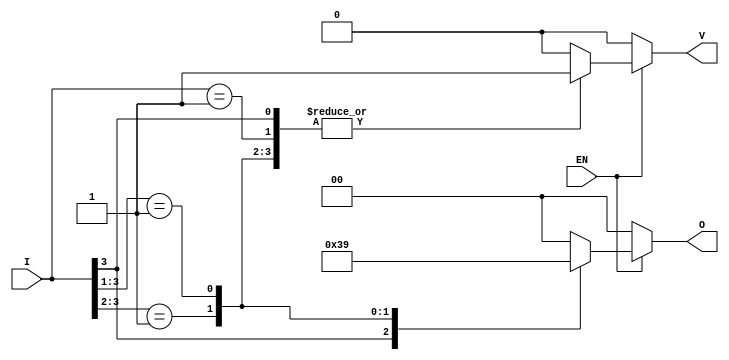
module priority_encoder (
    input wire [3:0] I,    // 4 input lines (I0, I1, I2, I3)
    input wire EN,         // Enable signal
    output reg [1:0] O,    // 2-bit output for the encoded value
    output reg V           // Valid output signal
);

    always @(*) begin
        if (!EN) begin
            O = 2'b00;       // Default output when enable is low
            V = 1'b0;        // Valid output is low when enable is low
        end else begin
            casez (I)
                4'b1??? : begin O = 2'b11; V = 1'b1; end // I3 is highest
                4'b01?? : begin O = 2'b10; V = 1'b1; end // I2 is highest
                4'b001? : begin O = 2'b01; V = 1'b1; end // I1 is highest
                4'b0001 : begin O = 2'b00; V = 1'b1; end // I0 is highest
                default : begin O = 2'b00; V = 1'b0; end // No inputs active
            endcase
        end
    end

endmodule